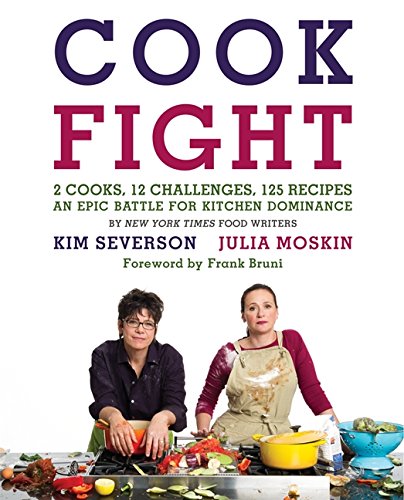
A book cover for CookFight: 2 Cooks, 12 Challenges, 125 Recipes, an Epic Battle for Kitchen Dominance; Julia Moskin; Cookbooks, Food & Wine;